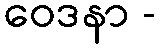
ဝေဒနာ -